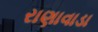
રાણાવાડા